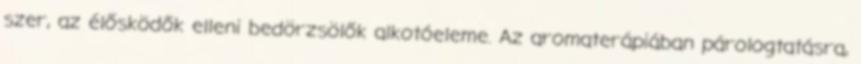
szer, az élősködők elleni bedörzsölők alkotóeleme. Az aromaterápiában párologtatásra,